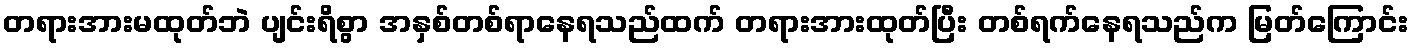
တရားအားမထုတ်ဘဲ ပျင်းရိစွာ အနှစ်တစ်ရာနေရသည်ထက် တရားအားထုတ်ပြီး တစ်ရက်နေရသည်က မြတ်ကြောင်း